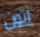
آتون